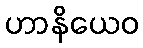
ဟာနိယေဝ